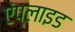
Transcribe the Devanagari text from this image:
एंप्‍लाइड